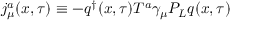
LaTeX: j _ { \mu } ^ { a } ( x , \tau ) \equiv - q ^ { \dag } ( x , \tau ) T ^ { a } { \gamma } _ { \mu } P _ { L } q ( x , \tau )